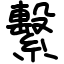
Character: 繫